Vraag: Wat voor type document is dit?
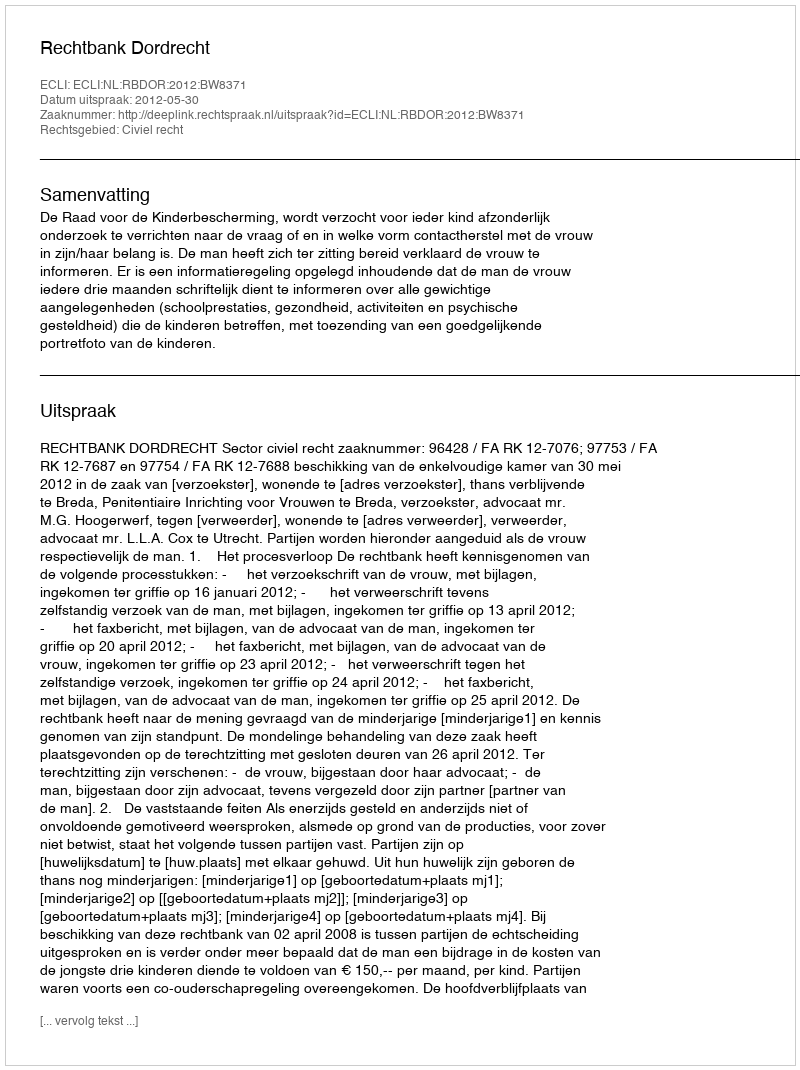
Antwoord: Uitspraak